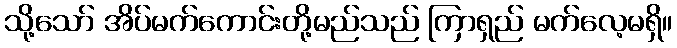
သို့သော် အိပ်မက်ကောင်းတို့မည်သည် ကြာရှည် မက်လေ့မရှိ။